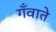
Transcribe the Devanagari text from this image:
गँवाते